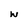
Character: w